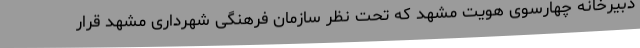
دبیرخانه چهارسوی هویت مشهد که تحت نظر سازمان فرهنگی شهرداری مشهد قرار